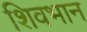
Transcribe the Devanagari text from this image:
शिवभान